Vital statistics of India. Vol. VI, European troops 1870-79
Year: 1870
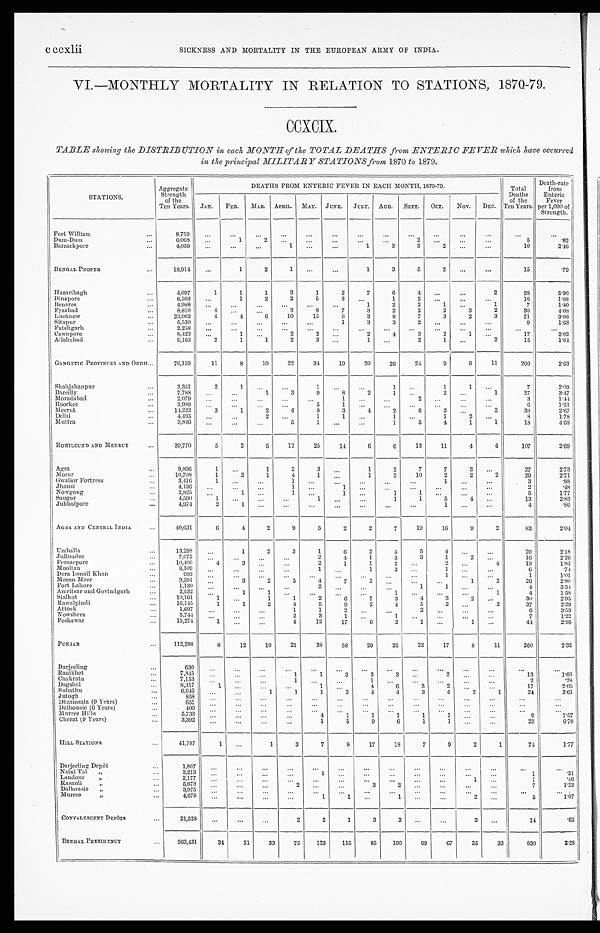
SICKNESS AND MORTALITY IN THE EUROPEAN ARMY OF INDIA.
VI.—MONTHLY MORTALITY IN RELATION TO STATIONS, 1870-79.
CCXCIX.
TABLE showing the DISTRIBUTION in each MONTH of the TOTAL DEATHS from ENTERIC FEVER which have occurred
in the principal MILITARY STATIONS from 1870 to 1879.
STATIONS.
Aggregate
Strength
of the
Ten Years.
DEATHS FROM ENTERIC FEVER IN EACH MONTH, 1870-79.
Total
Deaths
of the
Years.
Death-rate
from
Enteric
Fever
per 1,000 of
Strength.
JAN. FEB. MAR. APRIL. MAY. JUNE. JULY. AUG. SEPT. OCT. NOV. DEC.
Fort William
...
8 , 7 1 9
. . .
. . .
...
...
. . . . . .
. . .
. . .
. . . ...
...
...
. . .
. . .
Dum-Dum
...
6, 068
...
1 2
. . .
. . . . . . ...
. . .
2
. . .
...
...
5
.82
Barrackpore
...
4,056
. . . ...
...
1 . . .
...
1
3
3
2
. . . ...
10
2. 46
BENGAL PROPER
...
1 8 , 9 1 4 ...
1
2
1
. . . ...
1
3
5
2
. . . ...
15
.79
Hazaribagh
...
4,697
1
1
1
3
1
2
7
6
4 ...
...
2
28
5. 96
Dinapore
...
8 , 5 0 3 ...
1
2
2
5
3
. . .
1
2
. . .
...
...
16
1.88
Benares
...
4,988 . . .
...
...
...
...
...
1
2
2
1
...
1
7
1.40
Fyzabad
...
8,810
4 ...
. . .
3
8
7
3
2
2
2
3
2
36
4. 08
Lucknow
...
23,062
4
4
6
10
15
6
3
8
7
3
2
3
71
3. 08
Sitapur
...
5,530 ...
. . . ...
...
. . .
1
3
3
2
. . . ...
...
9
1. 63
Fatehgarh
...
2.258 ...
. . .
. . .
...
. . .
. . . ...
. . . ...
...
...
. . . ...
...
Cawnpore
...
8,423 ...
1
. . .
2
2
. . .
2
4
3
2
1 ...
17
2. 02
Allahabad
...
9,163
2
1
1
2
3
. . .
1
. . .
2
1 ...
2
15
1. 64
GANGETIC PROVINCES AND OUDH ...
76,159
11
8
10
22
34
19
20
26
24
9
6
11
200
2. 63
Shahjahanpur
...
3,351
2
1 ...
...
1
. . . ...
1
. . .
1
1
. . .
7
2. 09
Bareilly
...
7,788
. . . ...
1
3
9
8
2
1
. . .
2
. . .
1
27
3. 47
Moradabad
...
2,079
. . . ...
. . .
. . . ...
1
. . . ...
2
. . . ...
. . .
3
1.44
Roorkee
...
3,989 . . .
...
. . .
. . .
5
1
. . . . . .
...
...
...
...
6
1.51
Meerut
...
1 4 , 2 2 2
3
1
2
4
8
3
4
2
6
3
. . . 2
38
2. 67
Delhi
...
4 , 4 9 5 ...
. . .
2
. . .
1
1
. . .
1 ...
1
2 ...
8
1. 78
Mut t r a
...
3,846
. . . ...
. . .
5
1
. . .
. . .
1
5
4
1 1
18
4. 68
ROHILCUND AND MEERUT
...
39,770
5
2
5
12
25
14
6
6
13
11
4
4
107
2. 69
Agra
...
9,896
1 ...
1
2
3
. . .
1
2
7
7
3
. . .
27
2. 73
Morar
...
10,708
1
2
1
4
1
. . .
1
3
10
2
2
2
29
2.71
Gwalior Fortress
...
3,416
1 ...
...
1 ...
...
...
. . .
. . .
1 ...
...
3
.88
Jhansi
...
4,136 ...
...
...
1 ...
1
. . .
. . .
...
...
...
...
2
.48
Nowgong
...
2,825
. . .
1
. . .
1 ...
1
. . .
1
1
. . . ...
...
5
1. 77
Saugor
...
4 , 5 9 0
1
. . .
...
. . .
1
. . . ...
1
1
5
4
. . .
13
2. 83
Jubbulpore
...
4,974
2
1
. . . ...
...
. . .
...
. . .
. . .
1
. . . ...
4
.80
AGRA AND CENTRAL INDIA
...
4 0 , 6 3 1
6
4
2
9
5
2
2
7
19
16
9
2
83
2. 04
Umballa
...
13,298
. . .
1
2
3
1
6
2
5
5
4 ...
...
29
2. 18
Jullundur
...
7,075
. . . ...
. . . ...
2
4
1
3
3
1
2
. . .
16
2. 26
Ferozepore
...
10,400
4
3
. . . ...
2
1
1
2
. . .
2 ...
4
19
1.83
M o o l t a n
...
8,109
. . .
. . .
. . .
. . .
1
. . .
1
3 ...
1
. . . ...
6
.74
Dera Ismail Khan
...
9 9 3
. . .
. . .
. . .
...
. . . ...
...
. . .
. . .
1
. . .
. . .
1
1. 01
Meean Meer
...
9,201 ...
3
2
5
4
7
2
. . .
. . .
...
1
2
26
2. 80
Fort Lahore
...
1,130 ...
...
...
...
2 ...
. . .
. . .
1
1
. . . ...
4
3. 54
Amritsar and Govindgarh
...
2,532
. . .
1
1
. . . ...
. . .
...
1
. . .
. . . ...
1
4
1.58
Sialkot
...
10,161
1
. . .
1
1
2
6
7
3
4
3
2 ...
30
2. 95
Ra wa l pi ndi
...
16,145
1
1
2
4
5
9
2
4
5
2
...
2
37
2. 29
Attock
...
1,697
. . . ...
...
1
1
2
. . . ...
2
. . . ...
. . .
6
3. 53
Nowshera
...
5,744
. . .
. . .
. . .
2
3
1
. . .
1
. . . ...
...
...
7
1.22
Peshawar
...
15,274
1
...
...
4
12
17
6
2
1 ...
1
. . .
44
2.88
PUNJAB
...
1 1 2 , 2 8 8
8
12
10
21
38
58
29
26
22
17
8
11
260
2.32
Darjeeling
...
6 3 0
. . .
. . .
...
. . . ...
. . .
...
...
. . .
...
...
. . .
...
...
Ranikhet
...
7,845
. . .
. . .
. . .
1
1
3
3
3
. . .
2
. . .
. . .
13
1.66
Chakrata
...
7,153 . . .
. . .
. . .
1 ...
...
1 ...
...
...
...
. . .
2
.28
Dagshai
...
8,317
1
. . .
. . .
. . .
1
. . .
4
6
3
2
. . .
. . .
17
2.05
Subathu
...
6,645 ...
. . .
1
1
1
3
4
4
3
4
2
1
24
3.61
Jutogh
...
858
. . .
. . .
. . .
. . .
. . .
. . .
. . .
. . . . . .
. . .
. . .
. . .
. . .
. . .
Dharmsala (9 Years)
...
651 ...
...
. . .
...
...
. . .
. . . ...
...
. . .
...
. . .
. . .
...
Dalhousie (6 Years)
...
400 ...
...
. . .
...
...
. . .
. . .
. . .
...
. . .
. . .
. . .
. . .
...
Murree Hills
. . .
5,733
. . .
. . .
. . .
. . .
4
1
1
1
1
1
. . .
. . .
9
1.57
Cherat (9 Years)
...
3,392 ...
...
. . .
. . .
1
5
9
6
1
1
. . . ...
23
6.78
HILL STATIONS
. . .
41,787
1
. . .
1
3
7
8
17
18
7
9
2
1
74
1.77
Darjeeling Depôt
. . .
1,807 . . .
...
...
. . .
...
. . .
...
. . . ...
. . .
. . .
...
...
...
Naini Tal „
. . .
3,213 . . .
...
...
. . .
1
. . .
. . .
. . . ...
...
. . .
. . .
1
.31
Landour „
...
2,177 ...
. . . ...
. . .
...
. . . ...
...
. . . ...
1 ...
1
.46
Kasauli „
. . .
5,678
. . . ...
...
2
. . . ...
3
2
. . .
. . . ...
...
7
1.23
Dalhousie „
...
3,975
. . .
. . .
. . . ...
...
. . . ...
...
...
...
...
. . .
...
...
Murree „
. . .
4,678
. . . . . .
...
...
1
1 ...
1
. . .
...
2
. . .
5
1.07
CONVALESCENT DEPÔTS
...
2 1 , 5 2 8
. . .
...
. . .
2
2
1
3
3
. . .
. . .
3
. . .
14
.65
BENGAL PRESIDENCY
. . .
363,431
34
31
33
75
123
115
85
100
99
67
35
33
830
2.2 8